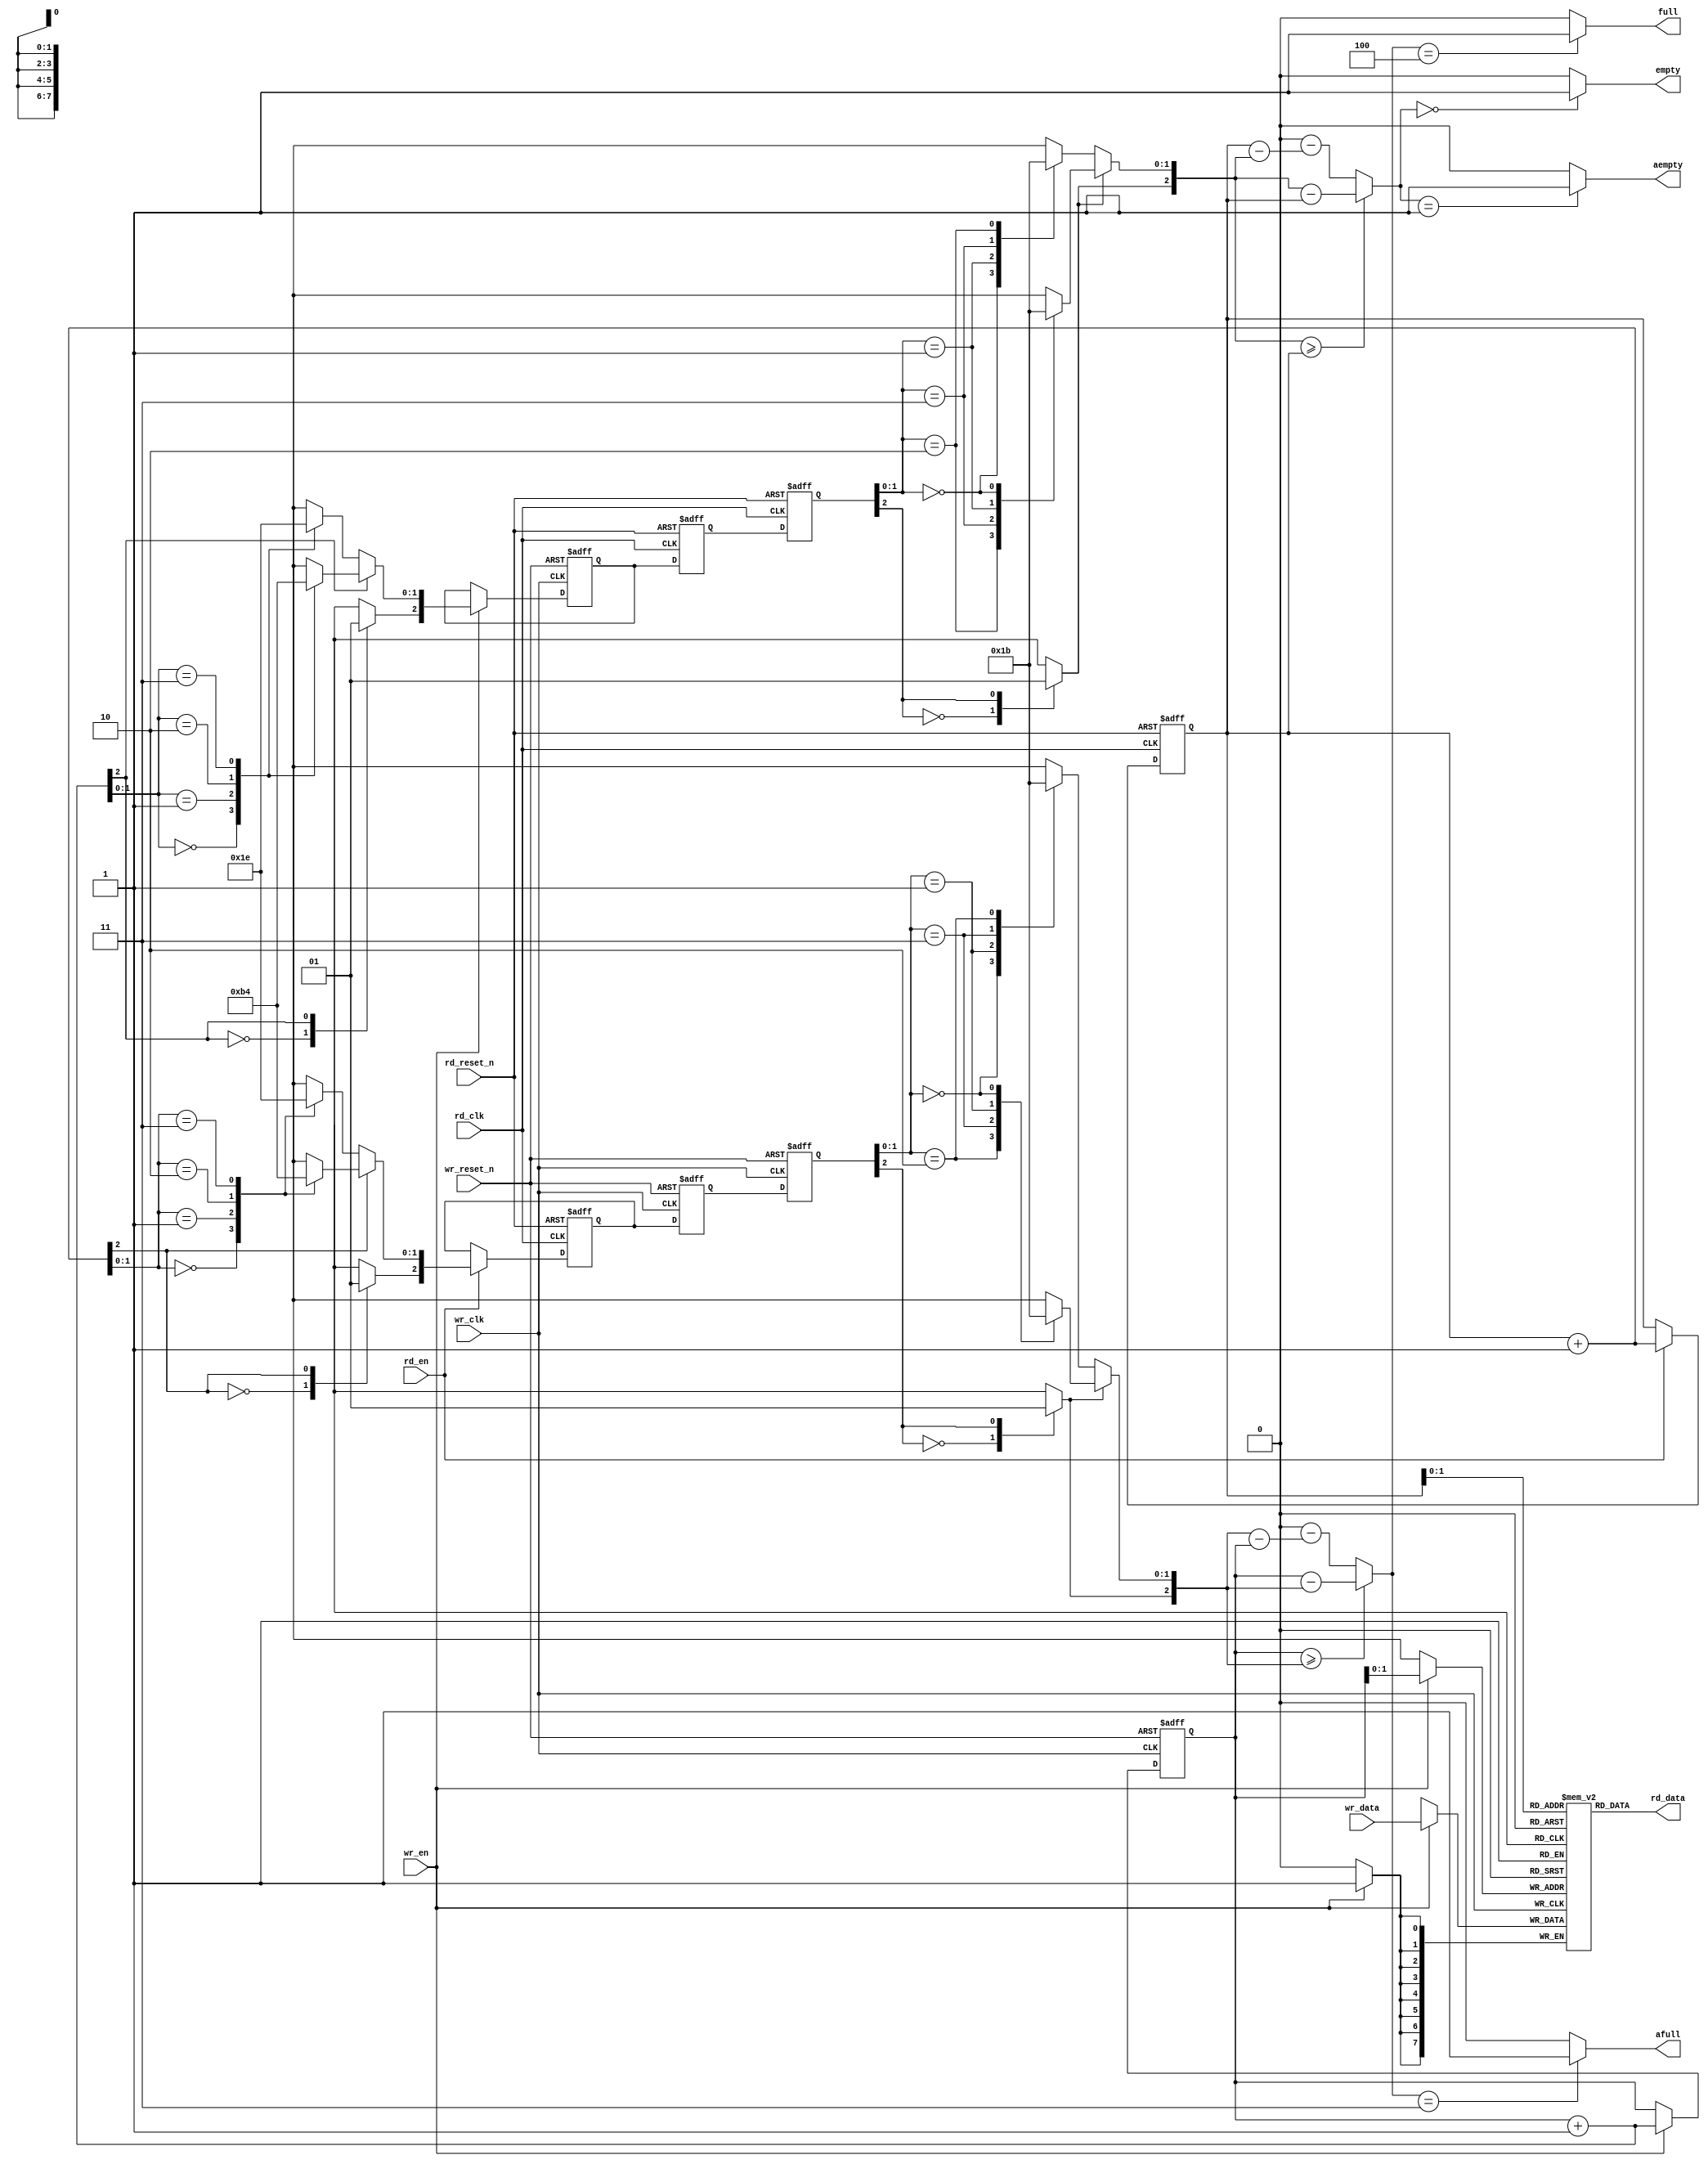
//-------------------------------------------
// async FIFO
//-----------------------------------------------
`timescale  1ns/1ps
module async_fifo #(
   parameter W = 4'd8
) (
	//timing for wr
	input				wr_clk, 
	input				wr_reset_n, 
	input				wr_en, 
	output				full, 
	output				afull, 
	input  [W-1 : 0]	wr_data,
	//timing for rd
	input				rd_clk, 
	input				rd_reset_n,
	input				rd_en,
	output				empty,
	output				aempty,      
	output [W-1 : 0]	rd_data
);

parameter DP       = 3'd4;
parameter WR_FAST  = 1'b1;
parameter RD_FAST  = 1'b1;
parameter EMPTY_DP = 1'b0;
parameter FULL_DP  = DP;

parameter AW =  (DP == 2)   ? 1 : 
				(DP == 4)   ? 2 :
				(DP == 8)   ? 3 :
				(DP == 16)  ? 4 :
				(DP == 32)  ? 5 :
				(DP == 64)  ? 6 :
				(DP == 128) ? 7 :
				(DP == 256) ? 8 : 0;
// synopsys translate_off

initial begin
	if (AW == 0) begin
		$display ("%m : ERROR!!! Fifo depth %d not in range 2 to 256", DP);
	end // if (AW == 0)
end // initial begin

// synopsys translate_on

reg [W-1 : 0]    mem[DP-1 : 0];

/*********************** write side ************************/
reg  [AW:0] sync_rd_ptr_0, sync_rd_ptr_1; 
wire [AW:0] sync_rd_ptr;
reg  [AW:0] wr_ptr, grey_wr_ptr;
reg  [AW:0] grey_rd_ptr;
reg  full_q;
wire full_c;
wire afull_c;
wire [AW:0] wr_ptr_inc = wr_ptr + 1'b1;
wire [AW:0] wr_cnt = get_cnt(wr_ptr, sync_rd_ptr);

assign full_c  = (wr_cnt == FULL_DP) ? 1'b1 : 1'b0;
assign afull_c = (wr_cnt == FULL_DP-1) ? 1'b1 : 1'b0;

always @(posedge wr_clk or negedge wr_reset_n) begin
	if (!wr_reset_n) begin
		wr_ptr <= 0;
		grey_wr_ptr <= 0;
		full_q <= 0;	
	end
	else if (wr_en) begin
		wr_ptr <= wr_ptr_inc;
		grey_wr_ptr <= bin2grey(wr_ptr_inc);
		if (wr_cnt == (FULL_DP-1)) begin
			full_q <= 1'b1;
		end
	end
	else begin
		if (full_q && (wr_cnt<FULL_DP)) begin
			full_q <= 1'b0;
		end
	end
end

assign full  = (WR_FAST == 1) ? full_c : full_q;
assign afull = afull_c;

always @(posedge wr_clk) begin
	if (wr_en) begin
		mem[wr_ptr[AW-1:0]] <= wr_data;
	end
end

wire [AW:0] grey_rd_ptr_dly ;
assign #1 grey_rd_ptr_dly = grey_rd_ptr;

// read pointer synchronizer
always @(posedge wr_clk or negedge wr_reset_n) begin
	if (!wr_reset_n) begin
		sync_rd_ptr_0 <= 0;
		sync_rd_ptr_1 <= 0;
	end
	else begin
		sync_rd_ptr_0 <= grey_rd_ptr_dly;		
		sync_rd_ptr_1 <= sync_rd_ptr_0;
	end
end

assign sync_rd_ptr = grey2bin(sync_rd_ptr_1);

   /************************ read side *****************************/
reg  [AW:0] sync_wr_ptr_0, sync_wr_ptr_1; 
wire [AW:0] sync_wr_ptr;
reg  [AW:0] rd_ptr;
reg  empty_q;
wire empty_c;
wire aempty_c;
wire [AW:0] rd_ptr_inc = rd_ptr + 1'b1;
wire [AW:0] sync_wr_ptr_dec = sync_wr_ptr - 1'b1;
wire [AW:0] rd_cnt = get_cnt(sync_wr_ptr, rd_ptr);
 
assign empty_c  = (rd_cnt == 0) ? 1'b1 : 1'b0;
assign aempty_c = (rd_cnt == 1) ? 1'b1 : 1'b0;

always @(posedge rd_clk or negedge rd_reset_n) begin
	if (!rd_reset_n) begin
		rd_ptr <= 0;
		grey_rd_ptr <= 0;
		empty_q <= 1'b1;
	end
	else begin
		if (rd_en) begin
			rd_ptr <= rd_ptr_inc;
			grey_rd_ptr <= bin2grey(rd_ptr_inc);
			if (rd_cnt==(EMPTY_DP+1)) begin
				empty_q <= 1'b1;
			end
		end
		else begin
			if (empty_q && (rd_cnt!=EMPTY_DP)) begin
				empty_q <= 1'b0;
			end
		end
	end
end

assign empty  = (RD_FAST == 1) ? empty_c : empty_q;
assign aempty = aempty_c;

reg [W-1 : 0]  rd_data_q;

wire [W-1 : 0] rd_data_c = mem[rd_ptr[AW-1:0]];
always @(posedge rd_clk) begin
	rd_data_q <= rd_data_c;
end
assign rd_data  = (RD_FAST == 1) ? rd_data_c : rd_data_q;

wire [AW:0] grey_wr_ptr_dly ;
assign #1 grey_wr_ptr_dly =  grey_wr_ptr;

// write pointer synchronizer
always @(posedge rd_clk or negedge rd_reset_n) begin
	if (!rd_reset_n) begin
		sync_wr_ptr_0 <= 0;
		sync_wr_ptr_1 <= 0;
	end
	else begin
		sync_wr_ptr_0 <= grey_wr_ptr_dly;		
		sync_wr_ptr_1 <= sync_wr_ptr_0;
	end
end
assign sync_wr_ptr = grey2bin(sync_wr_ptr_1);

/************************ functions ******************************/
function [AW:0] bin2grey;
input [AW:0] bin;
reg [8:0] bin_8;
reg [8:0] grey_8;
begin
	bin_8 = bin;
	grey_8[1:0] = do_grey(bin_8[2:0]);
	grey_8[3:2] = do_grey(bin_8[4:2]);
	grey_8[5:4] = do_grey(bin_8[6:4]);
	grey_8[7:6] = do_grey(bin_8[8:6]);
	grey_8[8] = bin_8[8];
	bin2grey = grey_8;
end
endfunction

function [AW:0] grey2bin;
input [AW:0] grey;
reg [8:0] grey_8;
reg [8:0] bin_8;
begin
	grey_8 = grey;
	bin_8[8] = grey_8[8];
	bin_8[7:6] = do_bin({bin_8[8], grey_8[7:6]});
	bin_8[5:4] = do_bin({bin_8[6], grey_8[5:4]});
	bin_8[3:2] = do_bin({bin_8[4], grey_8[3:2]});
	bin_8[1:0] = do_bin({bin_8[2], grey_8[1:0]});
	grey2bin = bin_8;
end
endfunction


function [1:0] do_grey;
input [2:0] bin;
begin
	if (bin[2]) begin  // do reverse grey
		case (bin[1:0]) 
			2'b00: do_grey = 2'b10;
			2'b01: do_grey = 2'b11;
			2'b10: do_grey = 2'b01;
			2'b11: do_grey = 2'b00;
		endcase
	end
	else begin
		case (bin[1:0]) 
			2'b00: do_grey = 2'b00;
			2'b01: do_grey = 2'b01;
			2'b10: do_grey = 2'b11;
			2'b11: do_grey = 2'b10;
		endcase
	end
end
endfunction

function [1:0] do_bin;
input [2:0] grey;
begin
	if (grey[2]) begin	// actually bin[2]
		case (grey[1:0])
			2'b10: do_bin = 2'b00;
			2'b11: do_bin = 2'b01;
			2'b01: do_bin = 2'b10;
			2'b00: do_bin = 2'b11;
		endcase
	end
	else begin
		case (grey[1:0])
			2'b00: do_bin = 2'b00;
			2'b01: do_bin = 2'b01;
			2'b11: do_bin = 2'b10;
			2'b10: do_bin = 2'b11;
		endcase
	end
end
endfunction
			
function [AW:0] get_cnt;
input [AW:0] wr_ptr, rd_ptr;
begin
	if (wr_ptr >= rd_ptr) begin
		get_cnt = (wr_ptr - rd_ptr);	
	end
	else begin
		get_cnt = DP*2 - (rd_ptr - wr_ptr);
	end
end
endfunction

// synopsys translate_off
always @(posedge wr_clk) begin
	if (wr_en && full) begin
		$display($time, "%m Error! afifo overflow!");
		$stop;
	end
end

always @(posedge rd_clk) begin
	if (rd_en && empty) begin
		$display($time, "%m error! afifo underflow!");
		$stop;
	end
end
// synopsys translate_on

endmodule